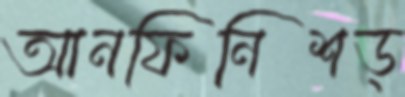
আনফিনিশড্